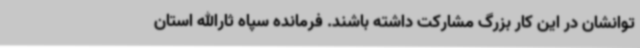
توانشان در این کار بزرگ مشارکت داشته باشند. فرمانده سپاه ثارالله استان